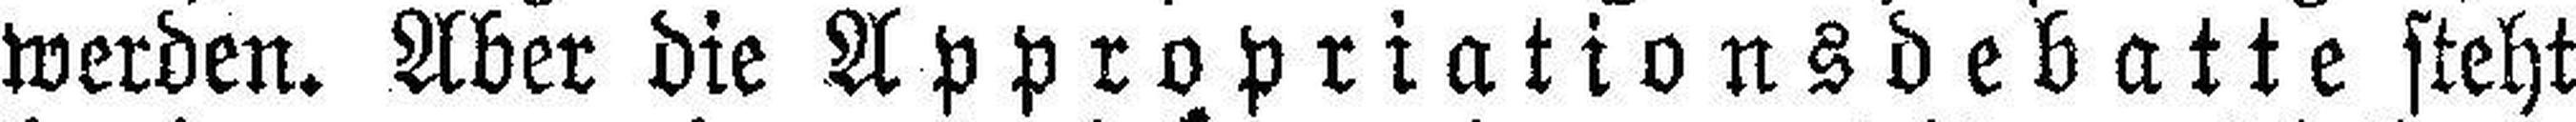
werden. Aber die Appropriationsdebatte steht